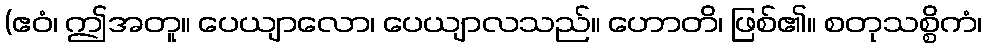
(ဧဝံ၊ ဤအတူ။ ပေယျာလော၊ ပေယျာလသည်။ ဟောတိ၊ ဖြစ်၏။ စတုသစ္စိကံ၊